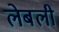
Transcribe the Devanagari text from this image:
लेबली